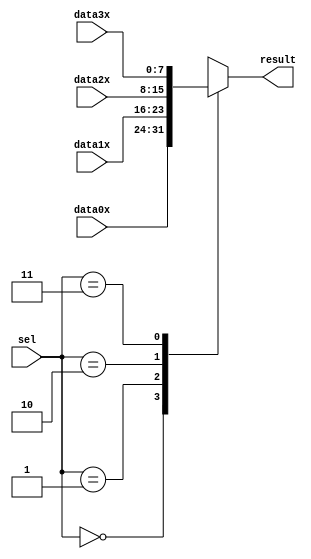
`timescale 1 ps / 1 ps

module mux4to1_8bit (
	data0x,
	data1x,
	data2x,
	data3x,
	sel,
	result);

	input	[7:0]  data0x;
	input	[7:0]  data1x;
	input	[7:0]  data2x;
	input [7:0]  data3x;
	input	[1:0]  sel;
	output reg [7:0]  result;

	always @(*)
	begin
		case (sel)
			2'b00: result <= data0x;
			2'b01: result <= data1x;
			2'b10: result <= data2x;
			2'b11: result <= data3x;
			default: result <= data3x;
		endcase
	end
	
endmodule